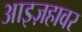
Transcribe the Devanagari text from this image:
आइज़हावर